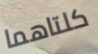
كلتاهما